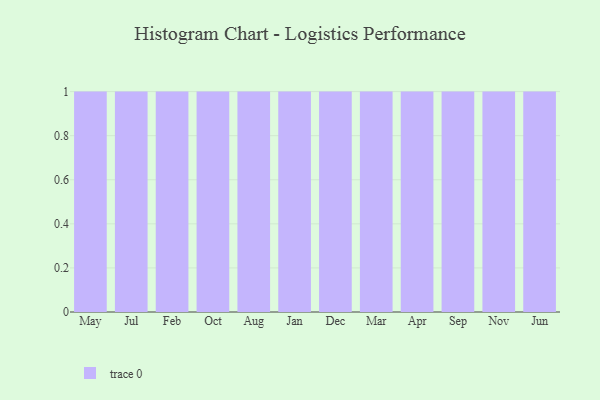
{"axis": {"x": "Month", "y": "Churn Rate (%)"}, "legend": [""], "data": [{"x": "May", "y": 73, "type": ""}, {"x": "Jul", "y": 59, "type": ""}, {"x": "Feb", "y": 66, "type": ""}, {"x": "Oct", "y": 96, "type": ""}, {"x": "Aug", "y": 9, "type": ""}, {"x": "Jan", "y": 20, "type": ""}, {"x": "Dec", "y": 37, "type": ""}, {"x": "Mar", "y": 17, "type": ""}, {"x": "Apr", "y": 76, "type": ""}, {"x": "Sep", "y": 1, "type": ""}, {"x": "Nov", "y": 82, "type": ""}, {"x": "Jun", "y": 45, "type": ""}]}